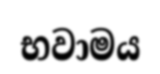
භවාමය